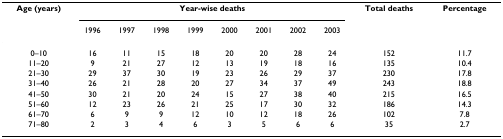
<table><thead><tr><td><b>Age (years)</b></td><td colspan="8"><b>Year-wise deaths</b></td><td><b>Total deaths</b></td><td><b>Percentage</b></td></tr><tr><td></td><td><b>1996</b></td><td><b>1997</b></td><td><b>1998</b></td><td><b>1999</b></td><td><b>2000</b></td><td><b>2001</b></td><td><b>2002</b></td><td><b>2003</b></td><td></td><td></td></tr></thead><tbody><tr><td>0–10</td><td>16</td><td>11</td><td>15</td><td>18</td><td>20</td><td>20</td><td>28</td><td>24</td><td>152</td><td>11.7</td></tr><tr><td>11–20</td><td>9</td><td>21</td><td>27</td><td>12</td><td>13</td><td>19</td><td>18</td><td>16</td><td>135</td><td>10.4</td></tr><tr><td>21–30</td><td>29</td><td>37</td><td>30</td><td>19</td><td>23</td><td>26</td><td>29</td><td>37</td><td>230</td><td>17.8</td></tr><tr><td>31–40</td><td>26</td><td>21</td><td>28</td><td>20</td><td>27</td><td>34</td><td>37</td><td>49</td><td>243</td><td>18.8</td></tr><tr><td>41–50</td><td>30</td><td>21</td><td>20</td><td>24</td><td>15</td><td>27</td><td>38</td><td>40</td><td>215</td><td>16.5</td></tr><tr><td>51–60</td><td>12</td><td>23</td><td>26</td><td>21</td><td>25</td><td>17</td><td>30</td><td>32</td><td>186</td><td>14.3</td></tr><tr><td>61–70</td><td>6</td><td>9</td><td>9</td><td>12</td><td>10</td><td>12</td><td>18</td><td>26</td><td>102</td><td>7.8</td></tr><tr><td>71–80</td><td>2</td><td>3</td><td>4</td><td>6</td><td>3</td><td>5</td><td>6</td><td>6</td><td>35</td><td>2.7</td></tr></tbody></table>